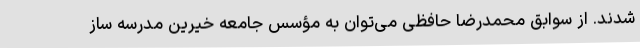
شدند. از سوابق محمدرضا حافظی می‌توان به مؤسس جامعه خیرین مدرسه ‌ساز